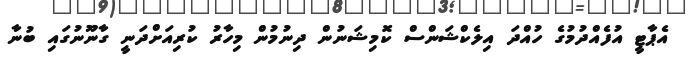
އެޕާޓީ އުފެއްދުމުގެ ހުއްދަ އިލެކްޝަންސް ކޮމިޝަނުން ދިނުމުން މިހާރު ކުރިއަށްދަނީ ގާނޫނުގައި ބުނާ